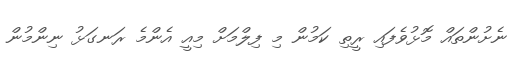
ނެށުންތައް މޮޅުވެފައި ރީތި ކަމުން މި ފިލްމަށް މިއީ އެންމެ ރަނގަޅު ނިންމުން